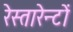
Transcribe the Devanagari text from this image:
रेस्तारेन्टों